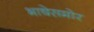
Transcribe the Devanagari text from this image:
भाषेसमोर